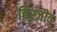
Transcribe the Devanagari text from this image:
चिरजीव